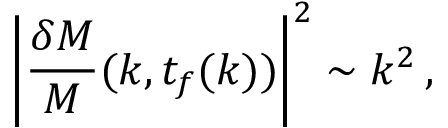
\left| { \frac { \delta M } { M } } ( k , t _ { f } ( k ) ) \right| ^ { 2 } \sim k ^ { 2 } \, ,